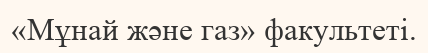
«Мұнай және газ» факультеті.